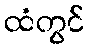
ထံတွင်